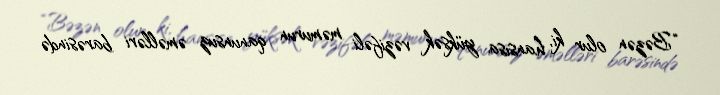
“Bəzən olur ki, hansısa yüksək vəzifəli məmurun qanunsuz əməlləri barəsində